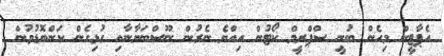
އެޕާޓީން މިހެން ބުނީ ސްޕްރީމް ކޯޓުން އިއްޔެ ނެރުން ނޫސްބަޔާނާއި ގުޅިގެން ކަންބޮޑުވުން